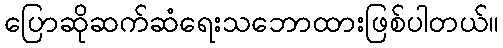
ပြောဆိုဆက်ဆံရေးသဘောထားဖြစ်ပါတယ်။